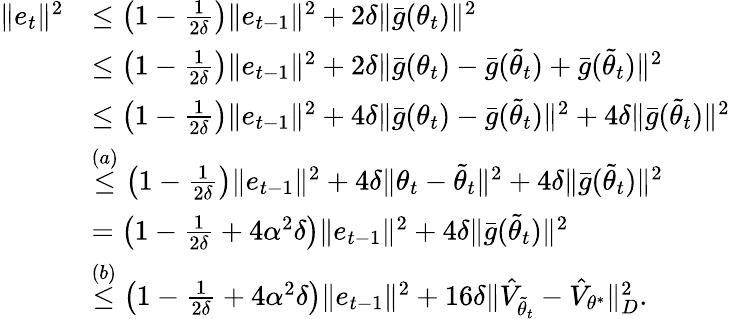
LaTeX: \begin{array}{rl}{\Vert e_{t}\Vert^{2}}&{\leq\left(1-\frac{1}{2\delta}\right)\Vert e_{t-1}\Vert^{2}+2\delta\Vert\bar{g}(\theta_{t})\Vert^{2}}\\ &{\leq\left(1-\frac{1}{2\delta}\right)\Vert e_{t-1}\Vert^{2}+2\delta\Vert\bar{g}(\theta_{t})-\bar{g}(\tilde{\theta}_{t})+\bar{g}(\tilde{\theta}_{t})\Vert^{2}}\\ &{\leq\left(1-\frac{1}{2\delta}\right)\Vert e_{t-1}\Vert^{2}+4\delta\Vert\bar{g}(\theta_{t})-\bar{g}(\tilde{\theta}_{t})\Vert^{2}+4\delta\Vert\bar{g}(\tilde{\theta}_{t})\Vert^{2}}\\ &{\overset{(a)}\leq\left(1-\frac{1}{2\delta}\right)\Vert e_{t-1}\Vert^{2}+4\delta\Vert\theta_{t}-\tilde{\theta}_{t}\Vert^{2}+4\delta\Vert\bar{g}(\tilde{\theta}_{t})\Vert^{2}}\\ &{=\left(1-\frac{1}{2\delta}+4\alpha^{2}\delta\right)\Vert e_{t-1}\Vert^{2}+4\delta\Vert\bar{g}(\tilde{\theta}_{t})\Vert^{2}}\\ &{\overset{(b)}\leq\left(1-\frac{1}{2\delta}+4\alpha^{2}\delta\right)\Vert e_{t-1}\Vert^{2}+16\delta\Vert\hat{V}_{\tilde{\theta}_{t}}-\hat{V}_{{\theta}^{*}}\Vert_{D}^{2}.}\end{array}